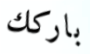
باركك